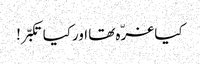
کیا غرّہ تھا اورکیا تکبّر!